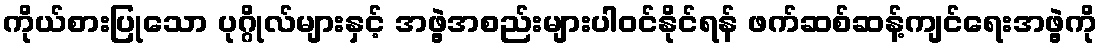
ကိုယ်စားပြုသော ပုဂ္ဂိုလ်များနှင့် အဖွဲ့အစည်းများပါဝင်နိုင်ရန် ဖက်ဆစ်ဆန့်ကျင်ရေးအဖွဲ့ကို